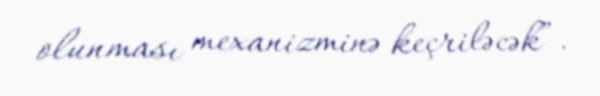
olunması mexanizminə keçriləcək”.